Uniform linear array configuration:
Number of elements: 64
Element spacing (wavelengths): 0.25
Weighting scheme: hann
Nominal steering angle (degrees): -60
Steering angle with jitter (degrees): -59.801
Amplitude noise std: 0.05
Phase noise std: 0.05

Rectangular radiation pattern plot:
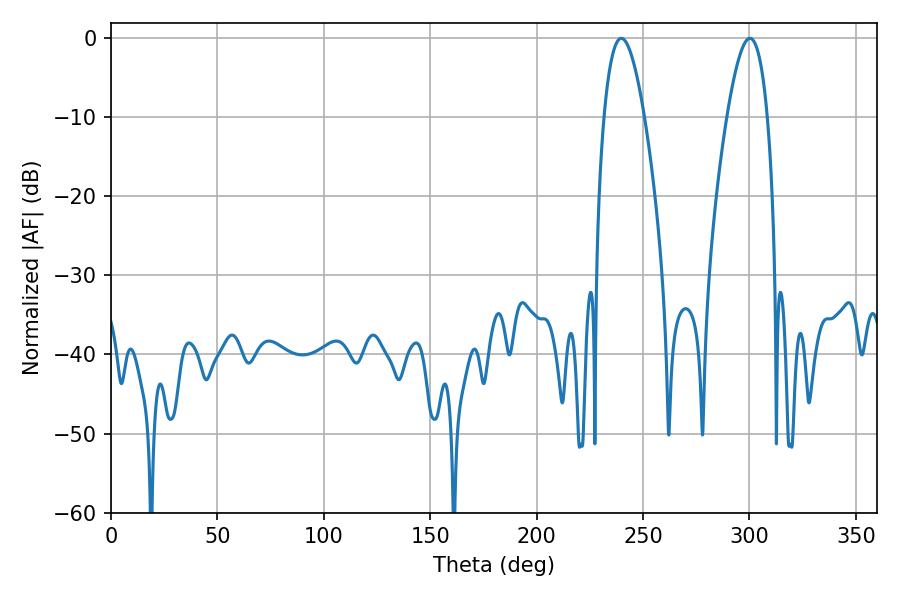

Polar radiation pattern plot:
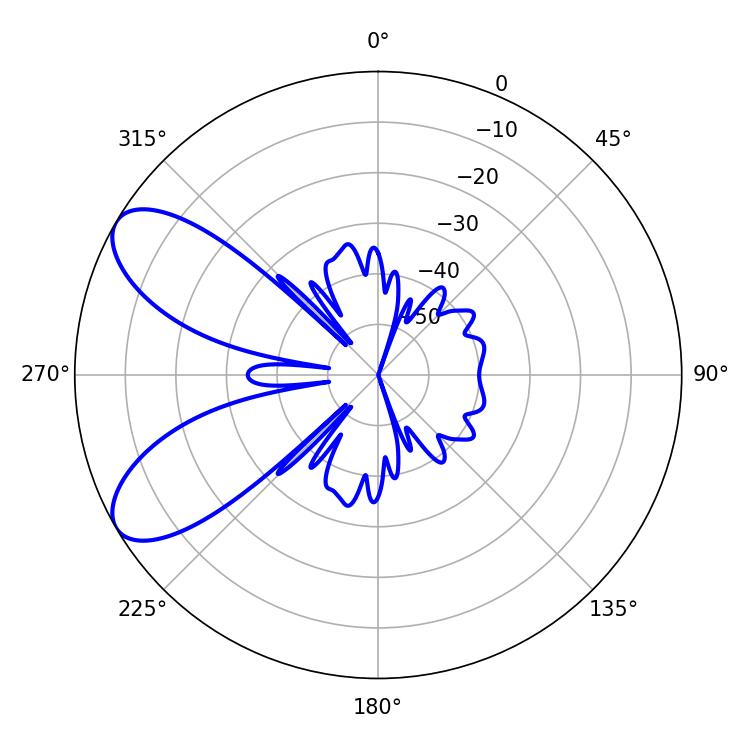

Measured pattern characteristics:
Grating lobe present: FALSE
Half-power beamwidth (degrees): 10.26
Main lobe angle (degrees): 300.24